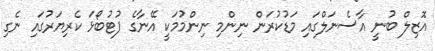
އޮޒިލް ބުނީ އާސެނަލްގައި މަޑުކުރަން ނިންމި ނިންމުމަކީ އޭނާގެ ފުޓުބޯޅަ ކެރިޔަރުގައި ނެގި